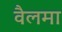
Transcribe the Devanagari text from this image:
वैलमा